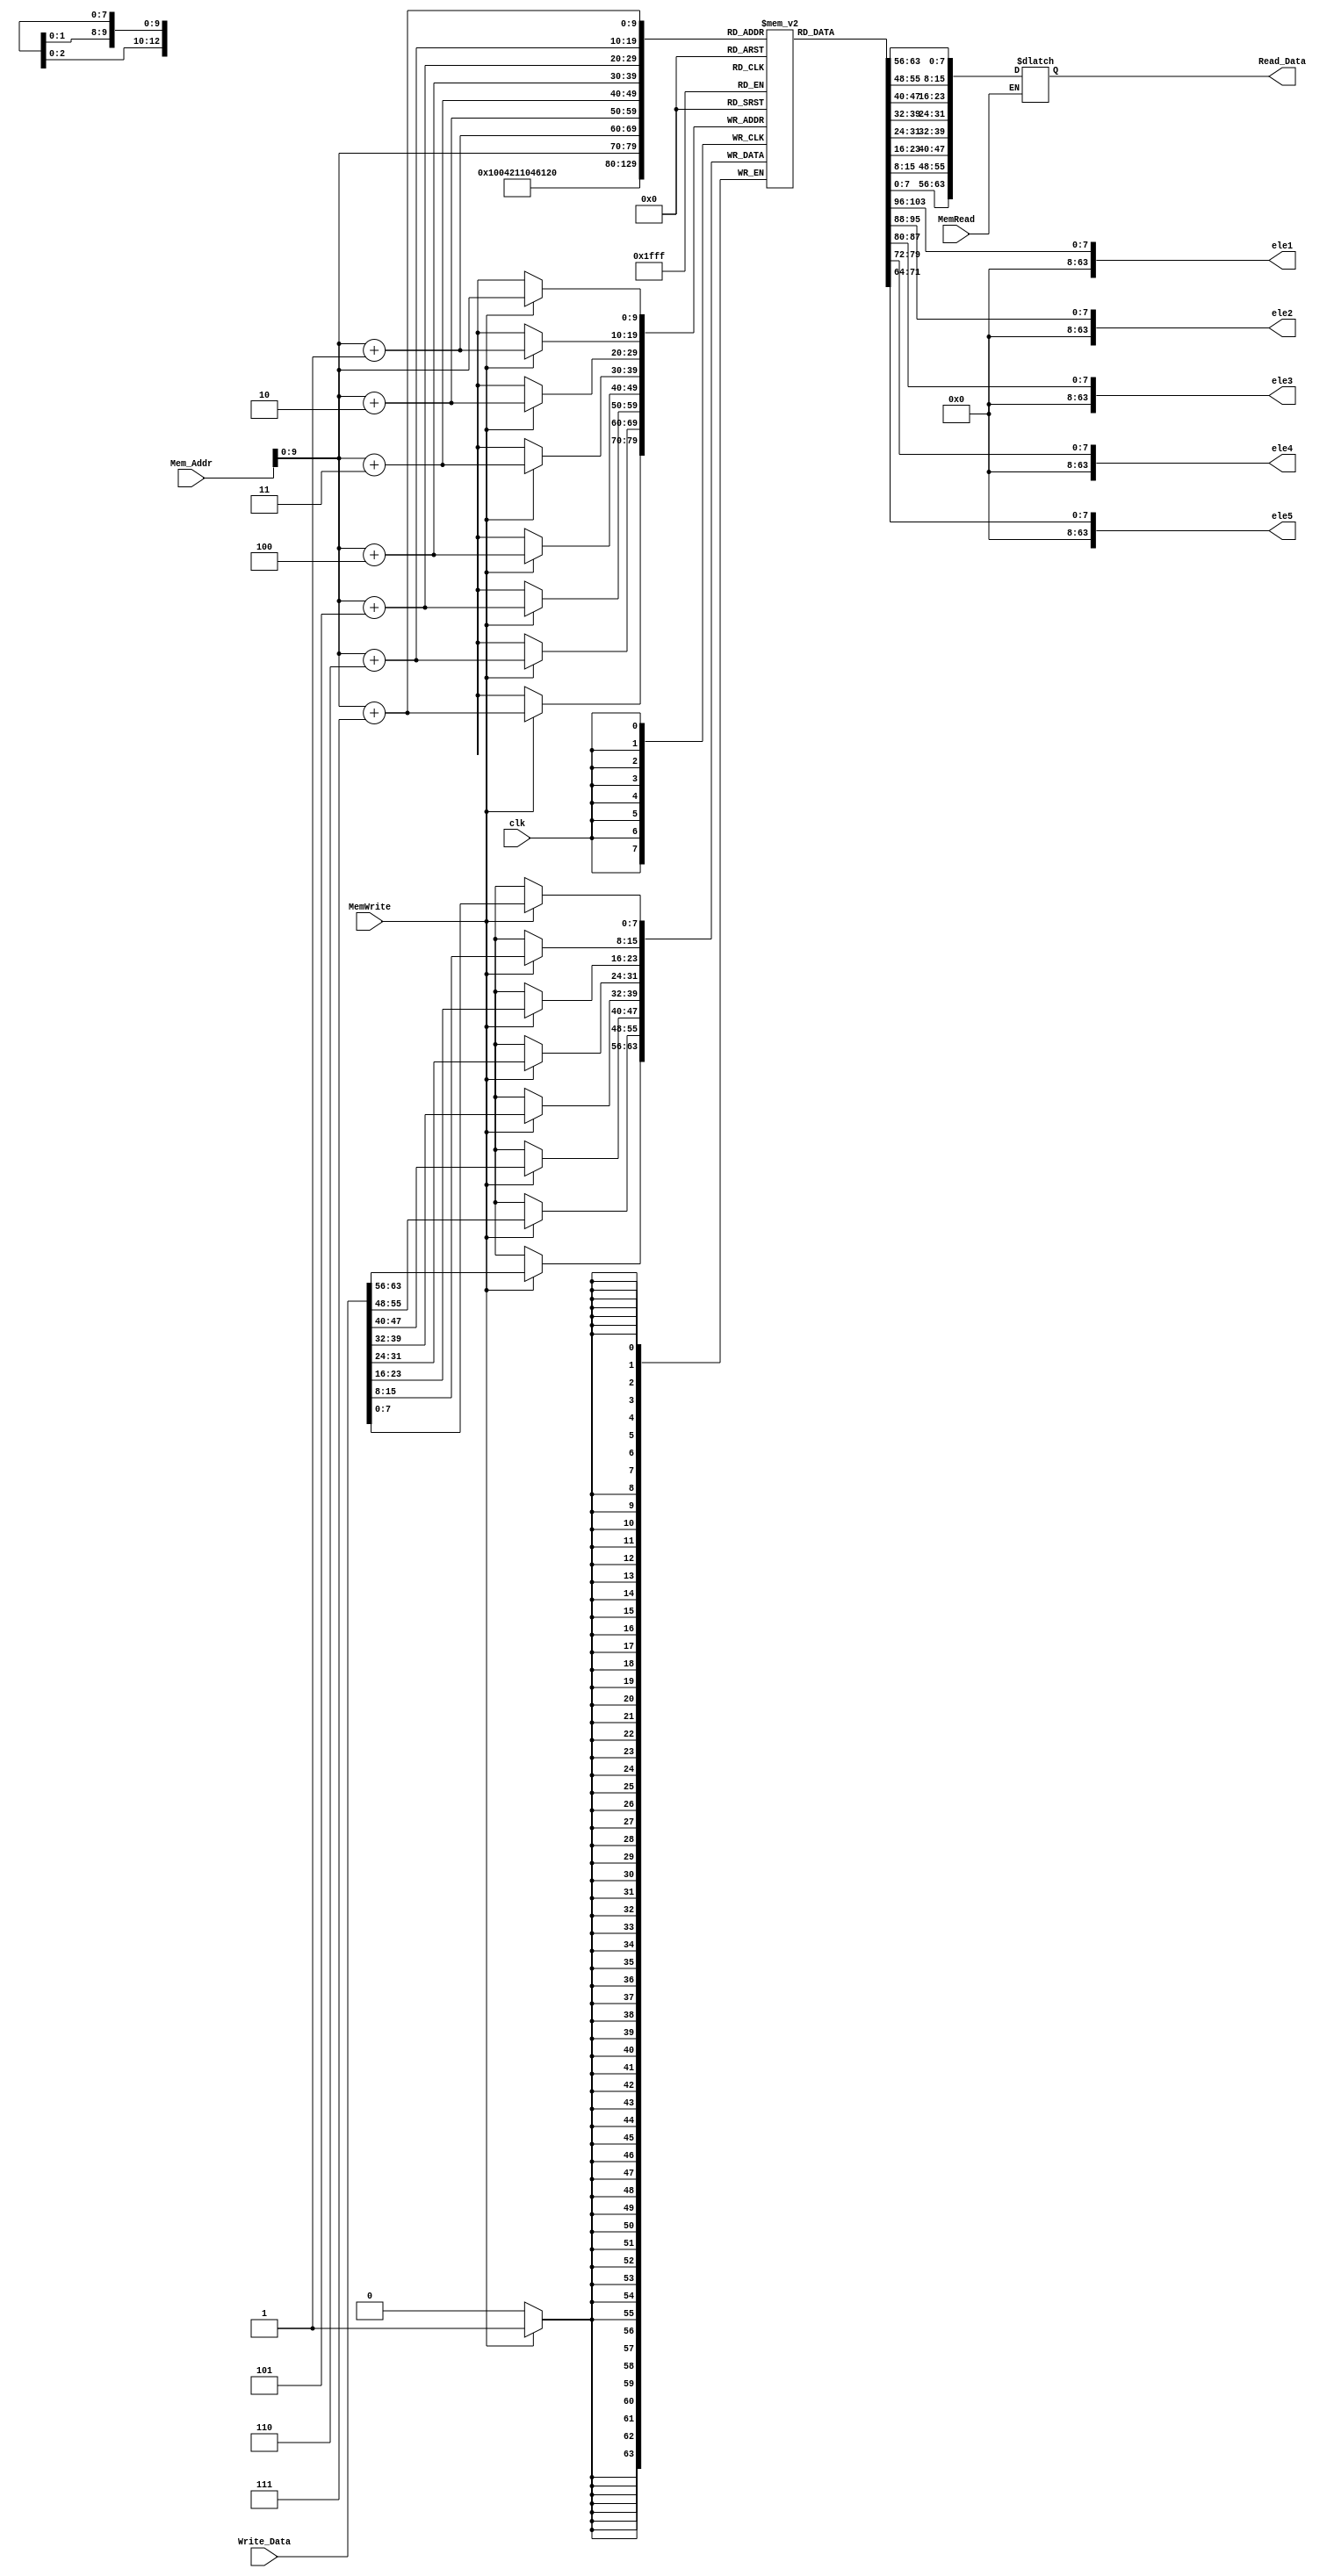
module Data_Memory
(
input [63:0] Mem_Addr,
input [63:0] Write_Data,
input clk, MemWrite, MemRead,
output reg [63:0] Read_Data,
output [63:0] ele1,
output [63:0] ele2,
output [63:0] ele3,
output [63:0] ele4,
output [63:0] ele5
);

reg [7:0] DataMemory [512:0];

assign  ele1  = DataMemory[256];
assign  ele2 = DataMemory[264];
assign  ele3 = DataMemory[272];                      
assign  ele4 = DataMemory[280];
assign  ele5 = DataMemory[288];
integer i;

initial  
begin 
for (i = 0; i < 512; i = i + 1)
begin 
//DataMemory[256] = 8'd20;
// DataMemory[264]=  8'd10;
// DataMemory[272]= 8'd30;
// DataMemory[280] = 8'd40;
// DataMemory[288]= 8'd50;
// DataMemory[296]= 8'd100;

//DataMemory[256] = 8'd3;
// DataMemory[264]=  8'd2;
// DataMemory[272]= 8'd5;
// DataMemory[280] = 8'd4;
// DataMemory[288]= 8'd6;
DataMemory[256] = 8'd2;
 DataMemory[264]=  8'd5;
 DataMemory[272]= 8'd4;
 DataMemory[280] = 8'd6;
 DataMemory[288]= 8'd3;
 
end
end    

	
always @ (posedge clk)
begin
if (MemWrite)
begin
    DataMemory[Mem_Addr] = Write_Data[7:0];
    DataMemory[Mem_Addr+1] = Write_Data[15:8];
    DataMemory[Mem_Addr+2] = Write_Data[23:16];
    DataMemory[Mem_Addr+3] = Write_Data[31:24];
    DataMemory[Mem_Addr+4] = Write_Data[39:32];
    DataMemory[Mem_Addr+5] = Write_Data[47:40];
    DataMemory[Mem_Addr+6] = Write_Data[55:48];
    DataMemory[Mem_Addr+7] = Write_Data[63:56];
end
end

	always @ (*)
	begin
		if (MemRead)
Read_Data = {DataMemory[Mem_Addr+7],DataMemory[Mem_Addr+6],DataMemory[Mem_Addr+5],DataMemory[Mem_Addr+4],DataMemory[Mem_Addr+3],DataMemory[Mem_Addr+2],DataMemory[Mem_Addr+1],DataMemory[Mem_Addr]};
	end
endmodule